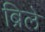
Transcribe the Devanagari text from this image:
ब्रिले